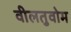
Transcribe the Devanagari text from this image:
वीलतुवोम